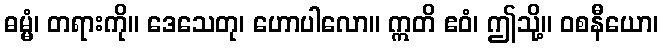
ဓမ္မံ၊ တရားကို။ ဒေသေတု၊ ဟောပါလော။ ဣတိ ဧဝံ၊ ဤသို့။ ဝစနီယော၊